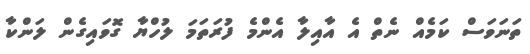
ތަނަވަސް ކަމެއް ނެތް އެ އާއިލާ އެންމެ ފުރަތަމަ ލުހްޔާ ގޮވައިގެން ލަންކާ